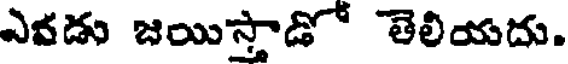
ఎవడు జయిస్తాడో తెలియదు.